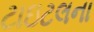
ટાઇટલના